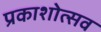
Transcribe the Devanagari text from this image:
प्रकाशोत्‍सव